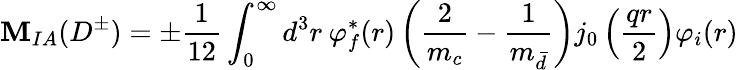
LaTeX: {\cal\mathbf{M}}_{IA}(D^{\pm})=\pm\frac{{1}}{{12}}\int_{0}^{\infty}d^{3}r\: \varphi_{f}^{*}(r)\left(\frac{{2}}{{m_{c}}}-\frac{{1}}{{m_{\bar{{d}}}}}\right)j_{0}\left(\frac{{qr}}{{2}}\right)\varphi_{i}(r)